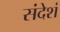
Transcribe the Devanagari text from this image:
संदेशं